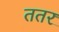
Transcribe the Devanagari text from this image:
ततर